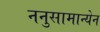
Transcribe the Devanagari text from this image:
ननुसामान्येन